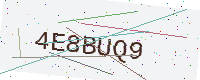
Text: 4E8BUQ9